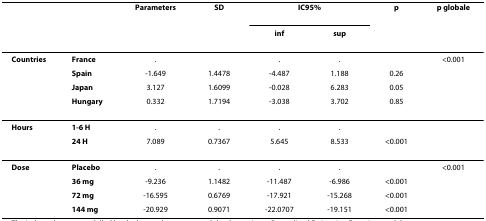
<table><thead><tr><td></td><td></td><td><b>Parameters</b></td><td><b>SD</b></td><td colspan="2"><b>IC95%</b></td><td><b>p</b></td><td><b>p globale</b></td></tr><tr><td></td><td></td><td></td><td></td><td><b>inf</b></td><td><b>sup</b></td><td></td><td></td></tr></thead><tbody><tr><td><b><i>Countries</i></b></td><td><b><i>France</i></b></td><td>.</td><td></td><td>.</td><td>.</td><td></td><td>&lt;0.001</td></tr><tr><td></td><td><b><i>Spain</i></b></td><td>-1.649</td><td>1.4478</td><td>-4.487</td><td>1.188</td><td>0.26</td><td></td></tr><tr><td></td><td><b><i>Japan</i></b></td><td>3.127</td><td>1.6099</td><td>-0.028</td><td>6.283</td><td>0.05</td><td></td></tr><tr><td></td><td><b><i>Hungary</i></b></td><td>0.332</td><td>1.7194</td><td>-3.038</td><td>3.702</td><td>0.85</td><td></td></tr><tr><td><b><i>Hours</i></b></td><td><b><i>1-6 H</i></b></td><td>.</td><td>.</td><td>.</td><td>.</td><td></td><td></td></tr><tr><td></td><td><b><i>24 H</i></b></td><td>7.089</td><td>0.7367</td><td>5.645</td><td>8.533</td><td>&lt;0.001</td><td></td></tr><tr><td><b><i>Dose</i></b></td><td><b><i>Placebo</i></b></td><td>.</td><td>.</td><td>.</td><td>.</td><td></td><td>&lt;0.001</td></tr><tr><td></td><td><b><i>36 mg</i></b></td><td>-9.236</td><td>1.1482</td><td>-11.487</td><td>-6.986</td><td>&lt;0.001</td><td></td></tr><tr><td></td><td><b><i>72 mg</i></b></td><td>-16.595</td><td>0.6769</td><td>-17.921</td><td>-15.268</td><td>&lt;0.001</td><td></td></tr><tr><td></td><td><b><i>144 mg</i></b></td><td>-20.929</td><td>0.9071</td><td>-22.0707</td><td>-19.151</td><td>&lt;0.001</td><td></td></tr></tbody></table>